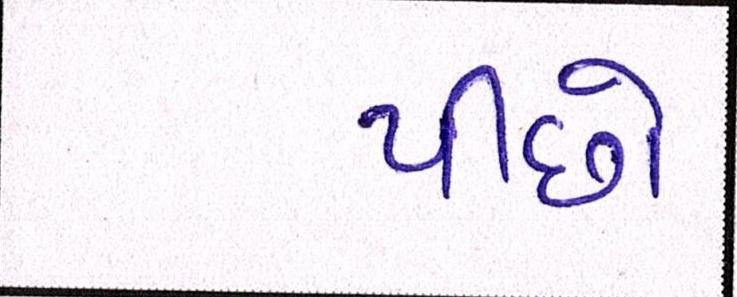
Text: પીછો